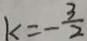
k = - \frac { 3 } { 2 }